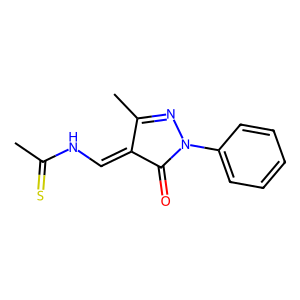
SMILES: CC(=S)NC=C1C(=O)N(c2ccccc2)N=C1C
Inhibits HIV replication: No